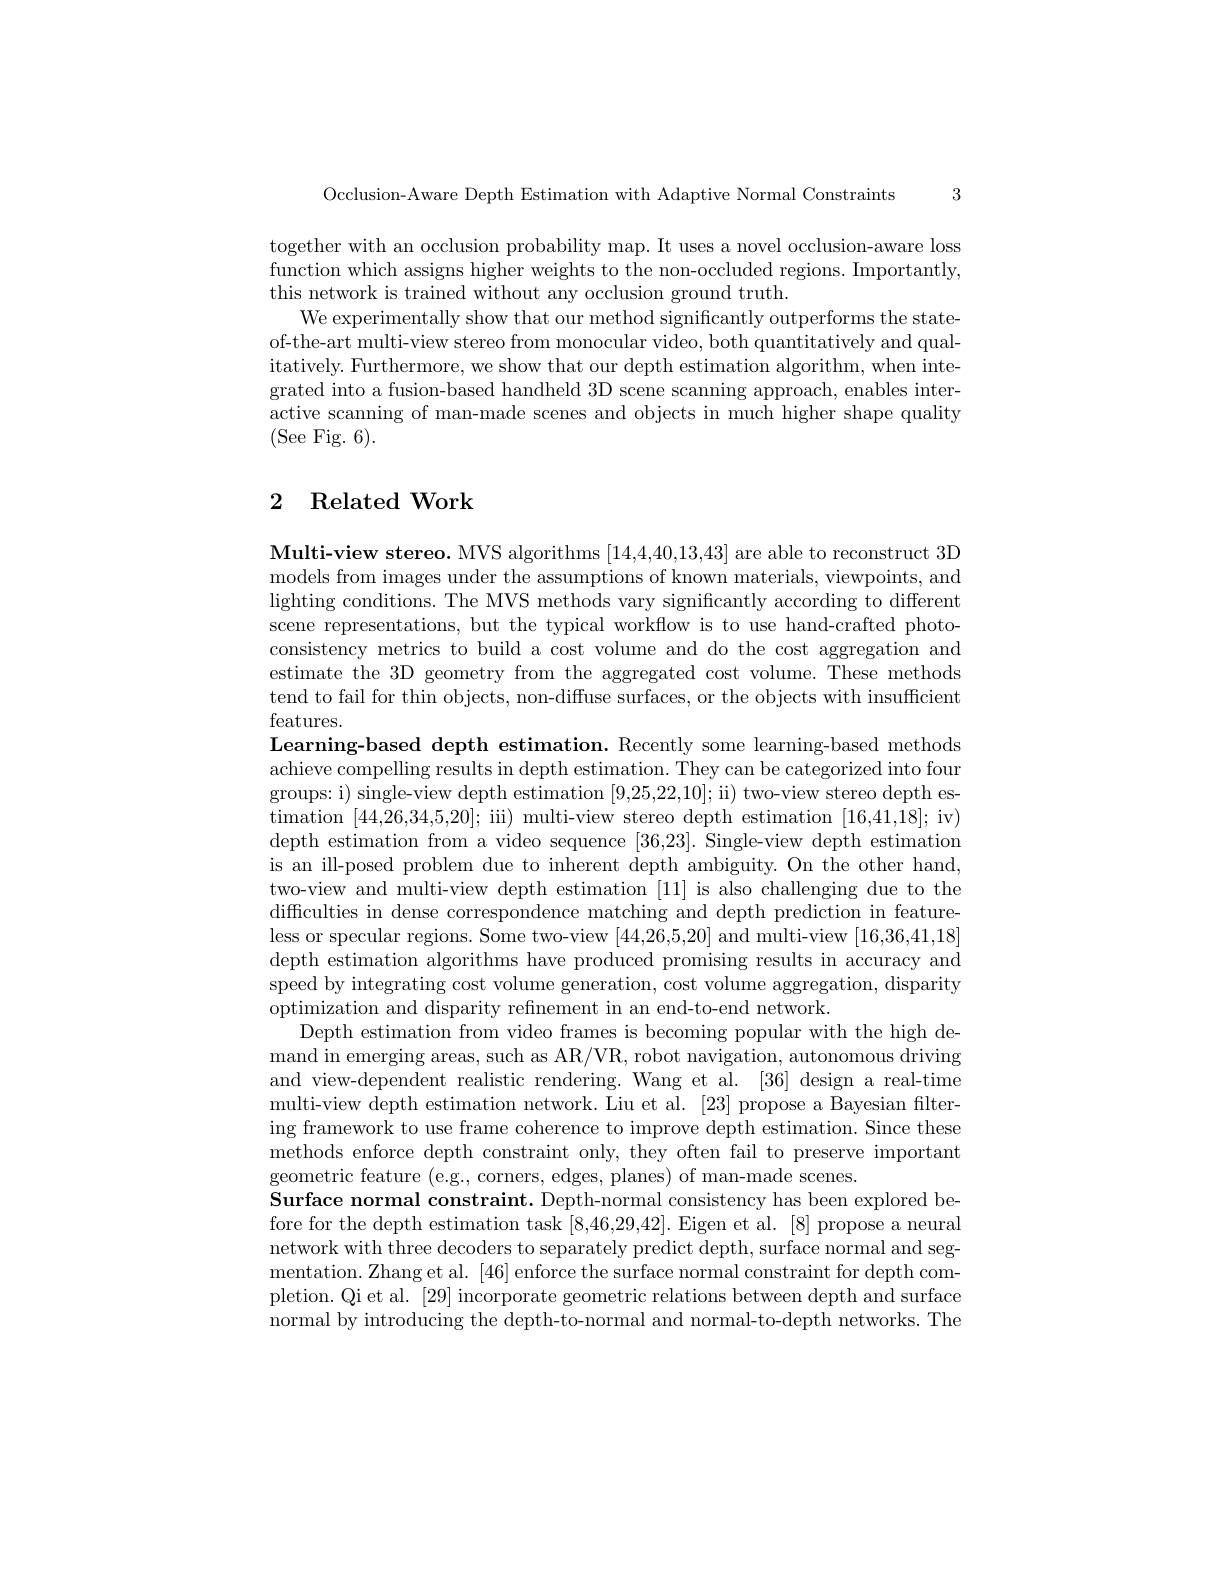
3

Occlusion-Aware Depth Estimation with Adaptive Normal Constraints

together with an occlusion probability map. It uses a novel occlusion-aware loss function which assigns higher weights to the non-occluded regions. Importantly, this network is trained without any occlusion ground truth.
We experimentally show that our method significantly outperforms the stateof-the-art multi-view stereo from monocular video, both quantitatively and qualitatively. Furthermore, we show that our depth estimation algorithm, when integrated into a fusion-based handheld 3D scene scanning approach, enables interactive scanning of man-made scenes and objects in much higher shape quality (See Fig. 6).

## 2 Related Work

Multi-view stereo. MVS algorithms [14,4,40,13,43] are able to reconstruct 3D models from images under the assumptions of known materials, viewpoints, and lighting conditions. The MVS methods vary significantly according to different scene representations, but the typical workflow is to use hand-crafted photoconsistency metrics to build a cost volume and do the cost aggregation and estimate the 3D geometry from the aggregated cost volume. These methods tend to fail for thin objects, non-diffuse surfaces, or the objects with insufficient features.

Learning-based depth estimation. Recently some learning-based methods achieve compelling results in depth estimation. They can be categorized into four groups: i) single-view depth estimation [9,25,22,10]; ii) two-view stereo depth estimation [44,26,34,5,20]; iii) multi-view stereo depth estimation [16,41,18]; iv) depth estimation from a video sequence [36,23]. Single-view depth estimation is an ill-posed problem due to inherent depth ambiguity. On the other hand, two-view and multi-view depth estimation [11] is also challenging due to the difficulties in dense correspondence matching and depth prediction in featureless or specular regions. Some two-view [44,26,5,20] and multi-view [16,36,41,18] depth estimation algorithms have produced promising results in accuracy and speed by integrating cost volume generation, cost volume aggregation, disparity optimization and disparity refinement in an end-to-end network.
Depth estimation from video frames is becoming popular with the high demand in emerging areas, such as AR/VR, robot navigation, autonomous driving and view-dependent realistic rendering. Wang et al. [36] design a real-time multi-view depth estimation network. Liu et al. [23] propose a Bayesian filtering framework to use frame coherence to improve depth estimation. Since these methods enforce depth constraint only, they often fail to preserve important geometric feature (e.g., corners, edges, planes) of man-made scenes.
Surface normal constraint. Depth-normal consistency has been explored before for the depth estimation task [8,46,29,42]. Eigen et al. [8] propose a neural network with three decoders to separately predict depth, surface normal and segmentation. Zhang et al. [46] enforce the surface normal constraint for depth completion. Qi et al. [29] incorporate geometric relations between depth and surface normal by introducing the depth-to-normal and normal-to-depth networks. The